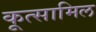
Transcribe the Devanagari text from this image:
कूत्सामिल